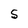
Character: 5